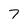
Character: 7